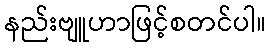
နည်းဗျူဟာဖြင့်စတင်ပါ။